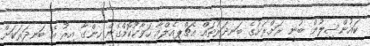
ކައުންސިލުން ބުނީ ރަށްރަށުގެ ބަނދަރުތައް އެޗްޕީއެލްއާ ހަވާކުކޮށްގެން ހިންގާ އިރު އެ ބަނދަރަކަށް